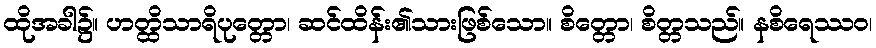
ထိုအခါ၌။ ဟတ္ထိသာရိပုတ္တော၊ ဆင်ထိန်း၏သားဖြစ်သော။ စိတ္တော၊ စိတ္တသည်။ နစိရေဿဝ၊